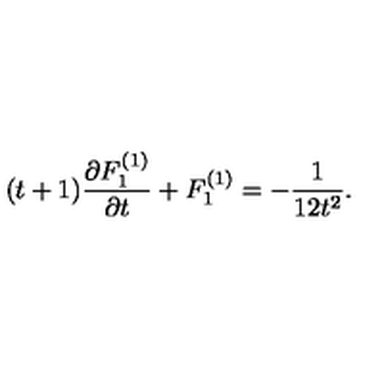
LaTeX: ( t + 1 ) { \frac { \partial F _ { 1 } ^ { ( 1 ) } } { \partial t } } + F _ { 1 } ^ { ( 1 ) } = - { \frac { 1 } { 1 2 t ^ { 2 } } } .